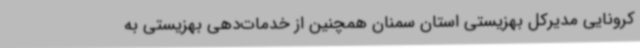
کرونایی مدیرکل بهزیستی استان سمنان همچنین از خدمات‌دهی بهزیستی به